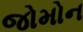
જોમોન